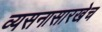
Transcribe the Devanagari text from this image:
व्यसनासारखेच